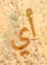
أي